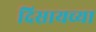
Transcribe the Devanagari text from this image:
दिसायच्या